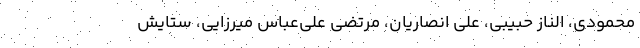
محمودی، الناز حبیبی، علی انصاریان، مرتضی علی‌عباس میرزایی، ستایش